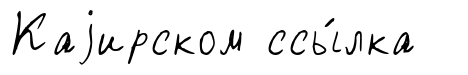
Каjирском ссы́лка